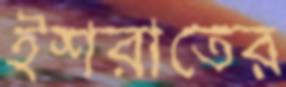
ইশরাতের